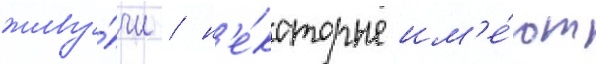
живу́чи / н'е́которые им'е́ют